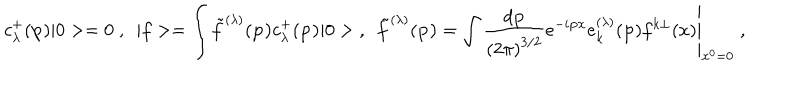
c _ { \lambda } ^ { + } ( { \bf p } ) | 0 > = 0 \; , ~ ~ | f > = \int { \tilde { f } } ^ { ( \lambda ) } ( { \bf p ) } c _ { \lambda } ^ { + } ( { \bf p ) } | 0 > \; , ~ ~ { \tilde { f } } ^ { ( \lambda ) } ( { \bf p ) } = \left. \int \frac { d { \bf p } } { \left( 2 \pi \right) ^ { 3 / 2 } } e ^ { - i { \bf p x } } e _ { k } ^ { ( \lambda ) } ( { \bf p } ) f ^ { k \perp } ( x ) \right| _ { x ^ { 0 } = 0 } \; ,